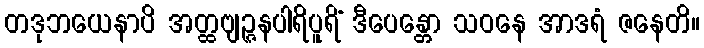
တဒုဘယေနာပိ အတ္ထဗျဉ္ဇနပါရိပူရိံ ဒီပေန္တော သဝနေ အာဒရံ ဇနေတိ။